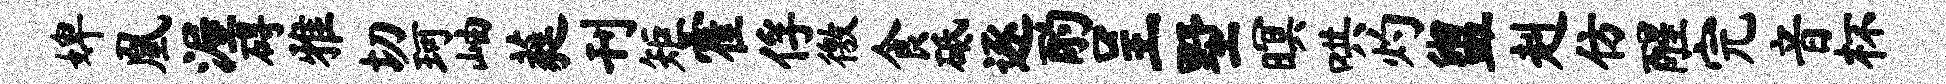
婢凰渥碍雅切珂岫蕤刊矩霍俘徼食砥逐酌呈墅暝哄灼盥赳仿醒完音杯